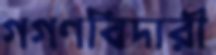
গগণবিদারী